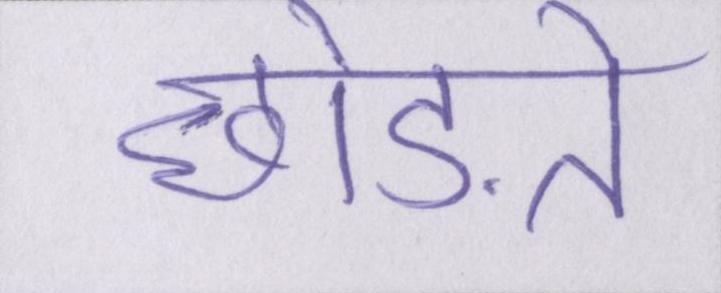
छोड़ते